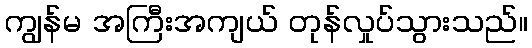
ကျွန်မ အကြီးအကျယ် တုန်လှုပ်သွားသည်။